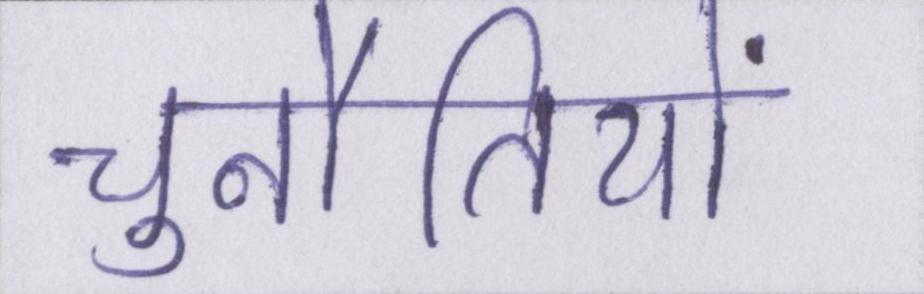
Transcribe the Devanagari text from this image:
चुनौतियों